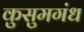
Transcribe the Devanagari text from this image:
कुसुमगंध